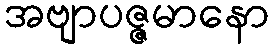
အဗျာပဇ္ဇမာနော